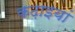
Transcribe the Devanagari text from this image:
कढ़ाइयां